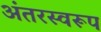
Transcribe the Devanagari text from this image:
अंतरस्वरूप